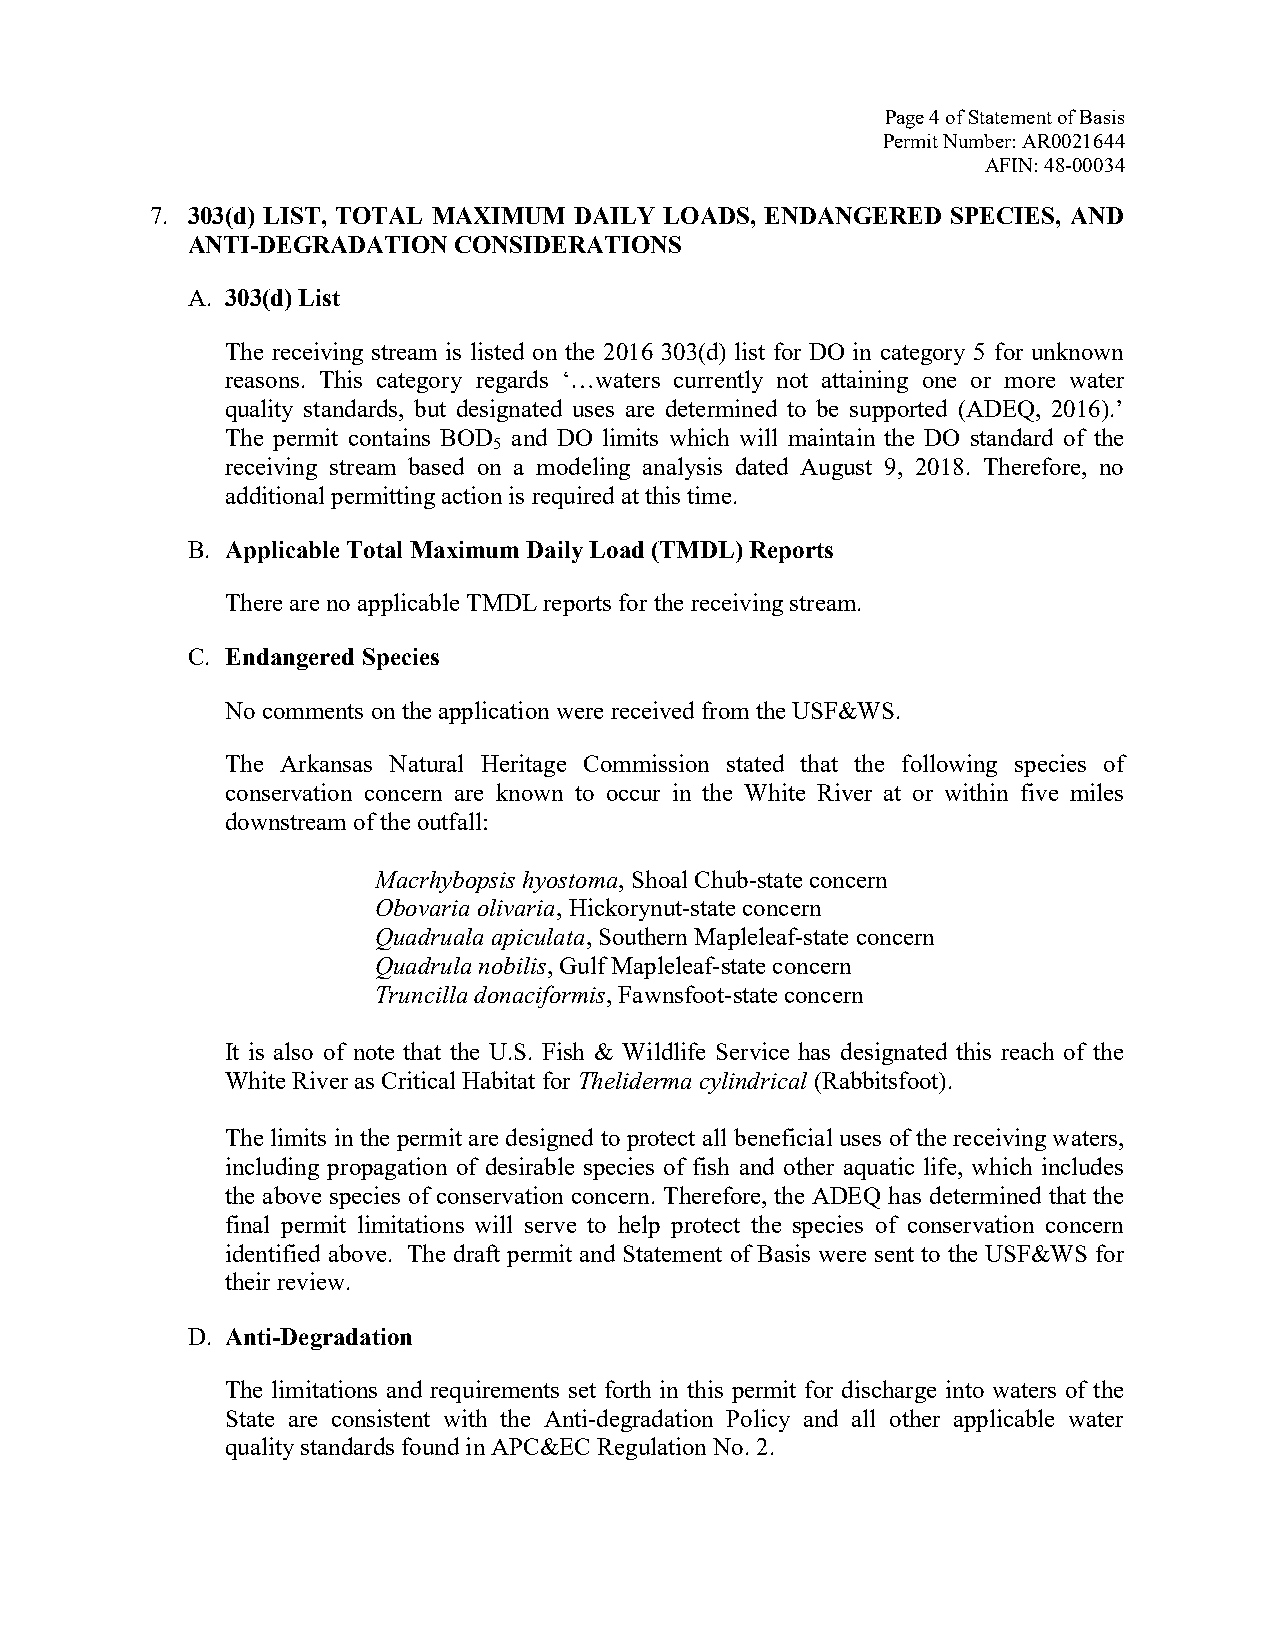
Page 4 of Statement of Basis
 Permit Number: AR0021644
 AFIN: 48-00034
 7. 303(d) LIST, TOTAL MAXIMUM DAILY LOADS, ENDANGERED SPECIES, AND
 ANTI-DEGRADATION  CONSIDERATIONS
 A. 303(d) List
 The receiving stream is listed on the 2016 303(d) list for DO in category 5 for unknown
 reasons. This category regards ‘…waters currently not attaining one or more water
 quality standards, but designated uses are determined to be supported (ADEQ, 2016).’
 The permit contains BOD and DO limits which will maintain the DO standard of the
 5
 receiving stream based on a modeling analysis dated August 9, 2018. Therefore, no
 additional permitting action is required at this time.
 B. Applicable Total Maximum Daily Load (TMDL) Reports
 There are no applicable TMDL reports for the receiving stream.
 C. Endangered Species
 No comments on the application were received from the USF&WS.
 The Arkansas Natural Heritage Commission stated that the following species of
 conservation concern are known to occur in the White River at or within five miles
 downstream of the outfall:
 Macrhybopsis hyostoma, Shoal Chub-state concern
 Obovaria olivaria, Hickorynut-state concern
 Quadruala apiculata, Southern Mapleleaf-state concern
 Quadrula nobilis, Gulf Mapleleaf-state concern
 Truncilla donaciformis, Fawnsfoot-state concern
 It is also of note that the U.S. Fish & Wildlife Service has designated this reach of the
 White River as Critical Habitat for Theliderma cylindrical (Rabbitsfoot).
 The limits in the permit are designed to protect all beneficial uses of the receiving waters,
 including propagation of desirable species of fish and other aquatic life, which includes
 the above species of conservation concern. Therefore, the ADEQ has determined that the
 final permit limitations will serve to help protect the species of conservation concern
 identified above. The draft permit and Statement of Basis were sent to the USF&WS for
 their review.
 D. Anti-Degradation
 The limitations and requirements set forth in this permit for discharge into waters of the
 State are consistent with the Anti-degradation Policy and all other applicable water
 quality standards found in APC&EC Regulation No. 2.